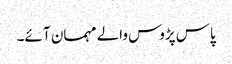
پاس پڑوس والے مہمان آ ئے۔